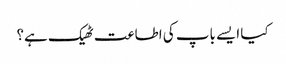
کیا ایسے باپ کی اطاعت ٹھیک ہے؟